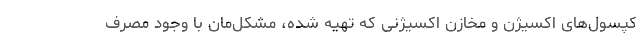
کپسول‌های اکسیژن و مخازن اکسیژنی که تهیه شده، مشکل‌مان با وجود مصرف